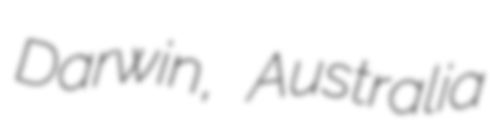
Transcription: Darwin, Australia